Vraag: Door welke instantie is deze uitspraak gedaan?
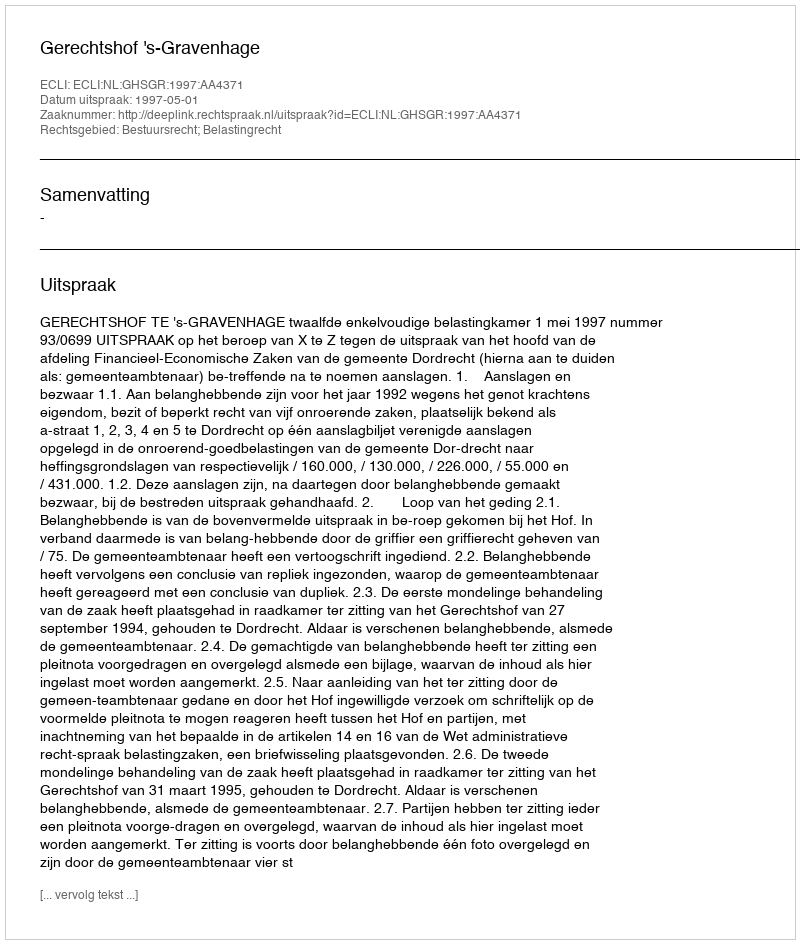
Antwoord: Gerechtshof 's-Gravenhage